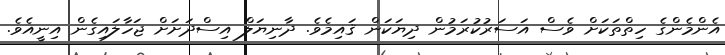
އެންމެންގެ ހިތްތަކަށް ވެސް އަސަރުކުރަމުން ދިޔަކަން ޤައިމެވެ. ދާނިޔަލް އިސްދަށަށް ޖަހާލައިގެން އިނީއެވެ.